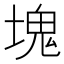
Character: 塊